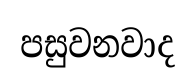
පසුවනවාද